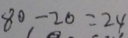
8 0 - 2 0 = 2 4